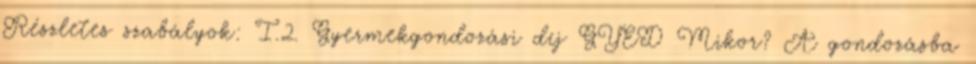
Részletes szabályok: I.2. Gyermekgondozási díj GYED Mikor? A gondozásba